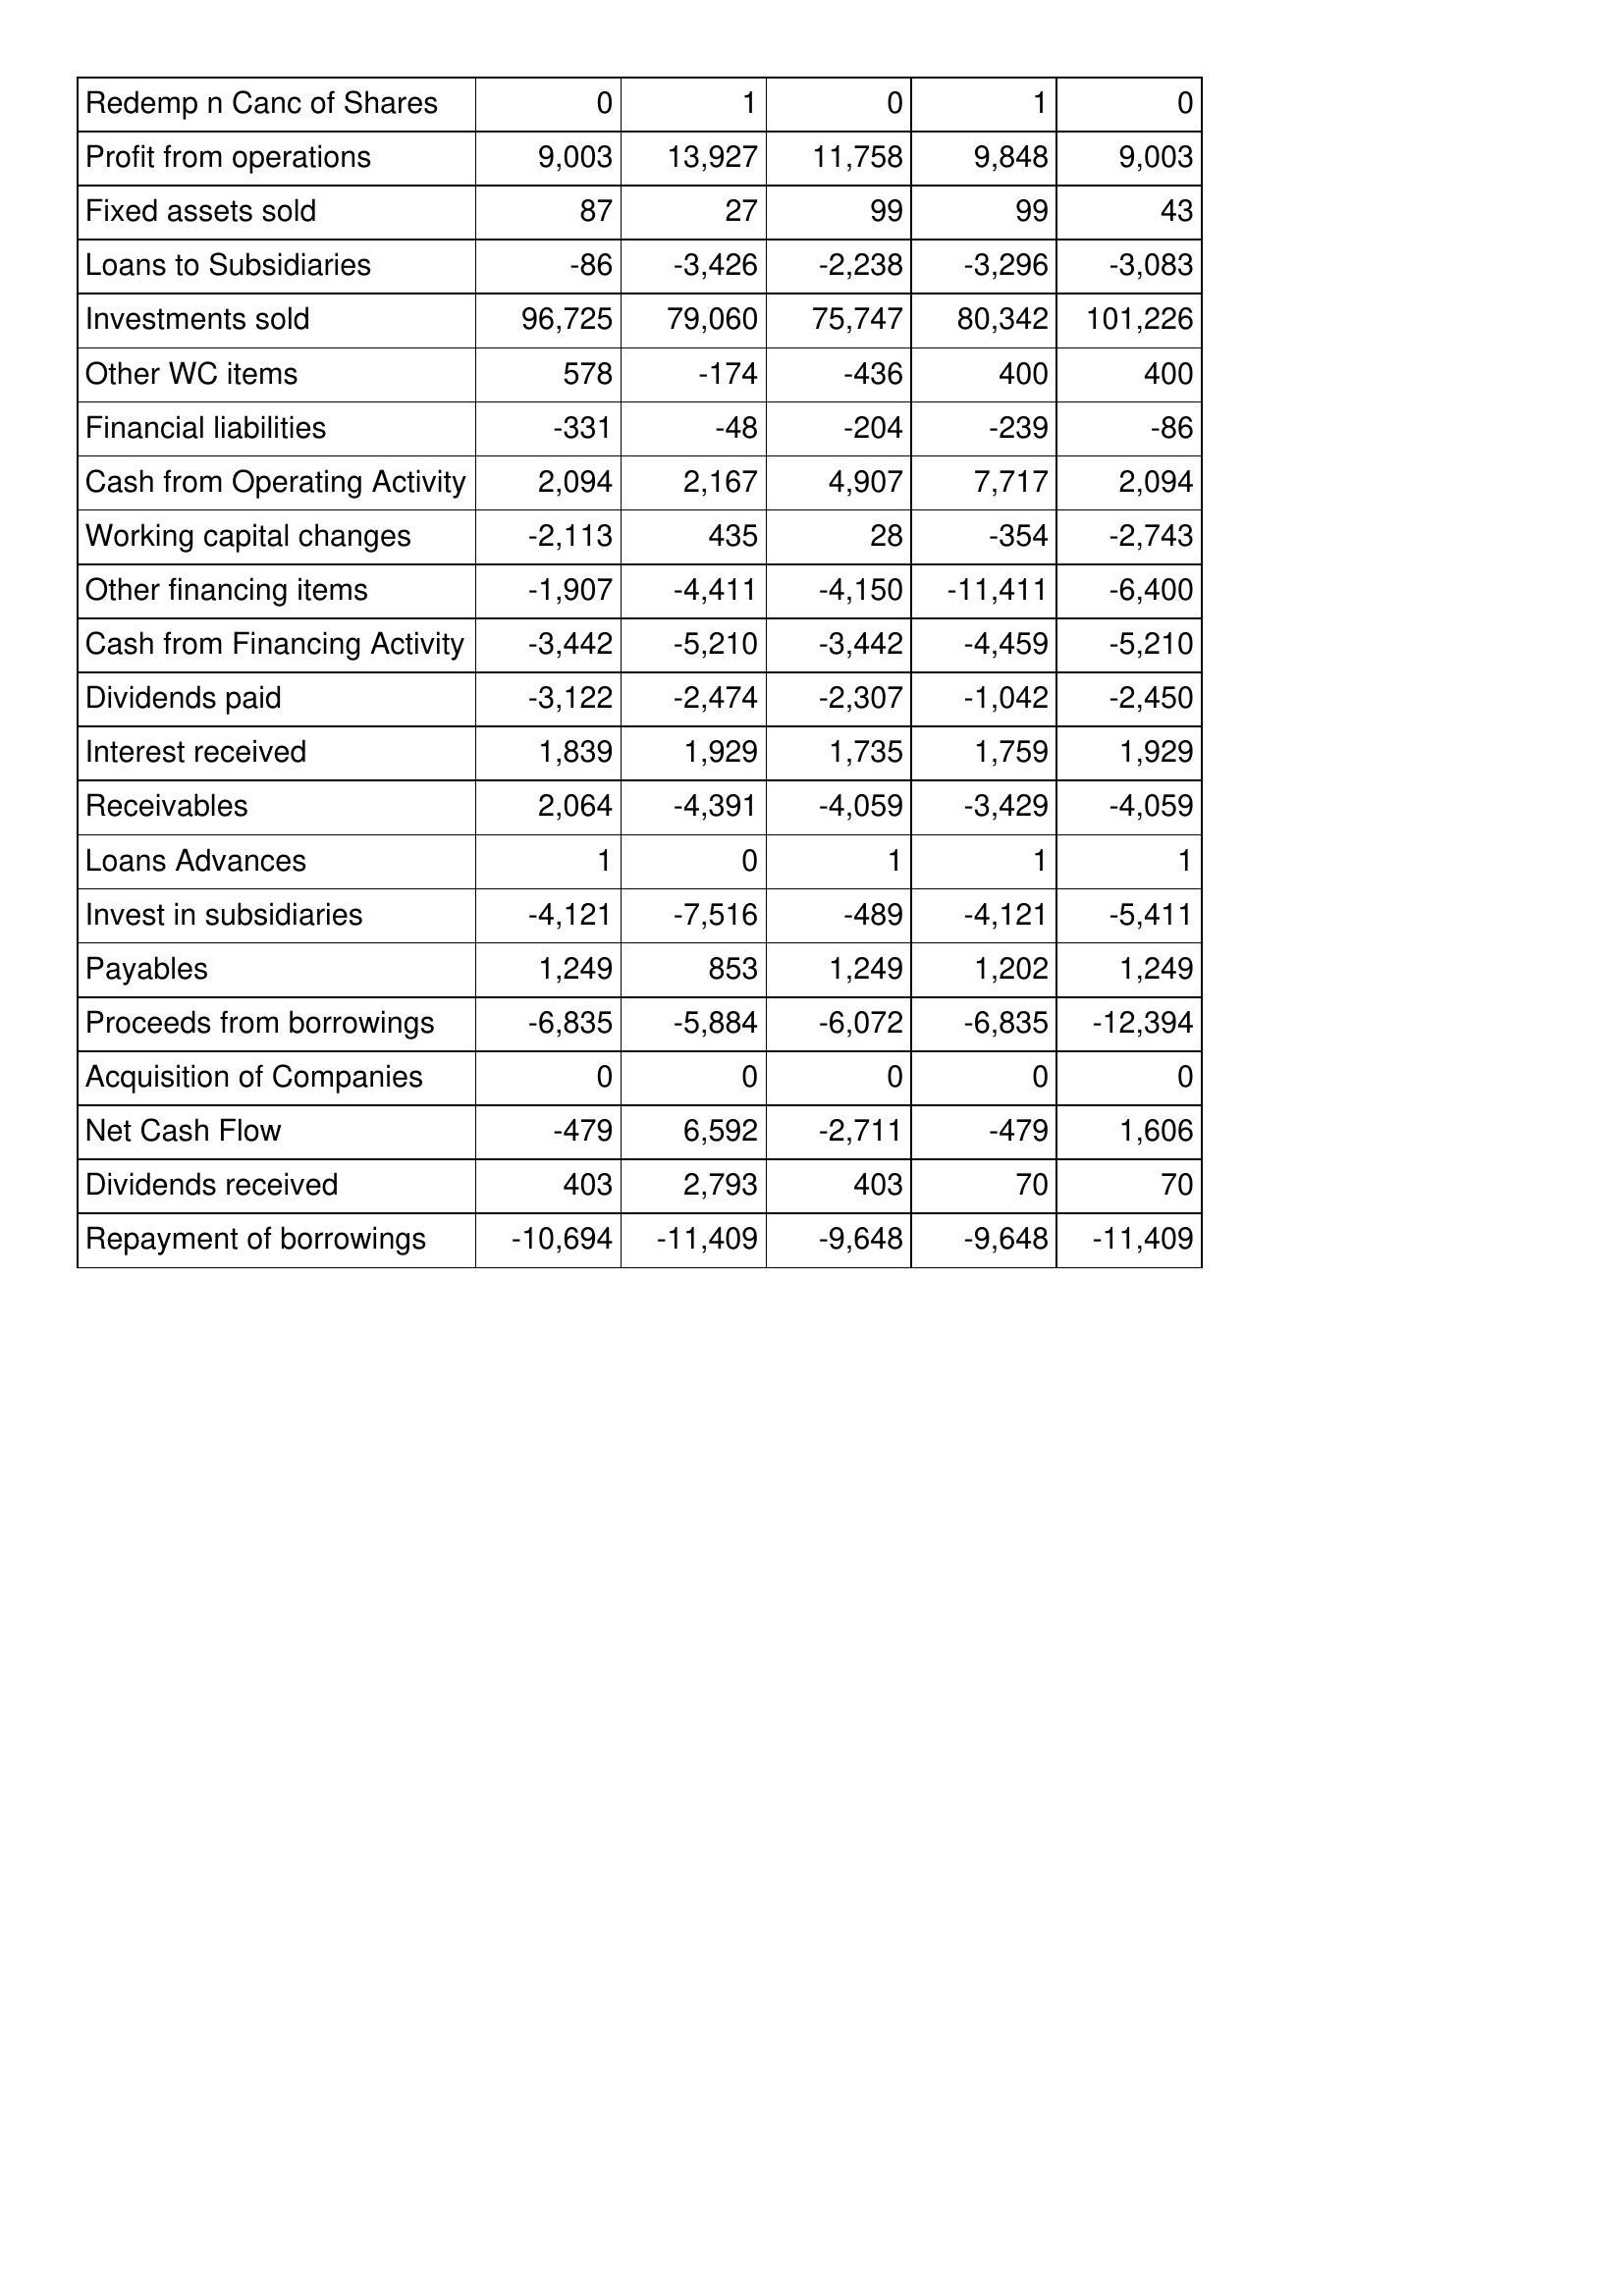
Mar-18: Cash Flows: Redemp n Canc of Shares: 0
Profit from operations: 9,003
Fixed assets sold: 87
Loans to Subsidiaries: -86
Investments sold: 96,725
Other WC items: 578
Financial liabilities: -331
Cash from Operating Activity: 2,094
Working capital changes: -2,113
Other financing items: -1,907
Cash from Financing Activity: -3,442
Dividends paid: -3,122
Interest received: 1,839
Receivables: 2,064
Loans Advances: 1
Invest in subsidiaries: -4,121
Payables: 1,249
Proceeds from borrowings: -6,835
Acquisition of Companies: 0
Net Cash Flow: -479
Dividends received: 403
Repayment of borrowings: -10,694
Mar-17: Cash Flows: Redemp n Canc of Shares: 1
Profit from operations: 13,927
Fixed assets sold: 27
Loans to Subsidiaries: -3,426
Investments sold: 79,060
Other WC items: -174
Financial liabilities: -48
Cash from Operating Activity: 2,167
Working capital changes: 435
Other financing items: -4,411
Cash from Financing Activity: -5,210
Dividends paid: -2,474
Interest received: 1,929
Receivables: -4,391
Loans Advances: 0
Invest in subsidiaries: -7,516
Payables: 853
Proceeds from borrowings: -5,884
Acquisition of Companies: 0
Net Cash Flow: 6,592
Dividends received: 2,793
Repayment of borrowings: -11,409
Mar-16: Cash Flows: Redemp n Canc of Shares: 0
Profit from operations: 11,758
Fixed assets sold: 99
Loans to Subsidiaries: -2,238
Investments sold: 75,747
Other WC items: -436
Financial liabilities: -204
Cash from Operating Activity: 4,907
Working capital changes: 28
Other financing items: -4,150
Cash from Financing Activity: -3,442
Dividends paid: -2,307
Interest received: 1,735
Receivables: -4,059
Loans Advances: 1
Invest in subsidiaries: -489
Payables: 1,249
Proceeds from borrowings: -6,072
Acquisition of Companies: 0
Net Cash Flow: -2,711
Dividends received: 403
Repayment of borrowings: -9,648
Mar-15: Cash Flows: Redemp n Canc of Shares: 1
Profit from operations: 9,848
Fixed assets sold: 99
Loans to Subsidiaries: -3,296
Investments sold: 80,342
Other WC items: 400
Financial liabilities: -239
Cash from Operating Activity: 7,717
Working capital changes: -354
Other financing items: -11,411
Cash from Financing Activity: -4,459
Dividends paid: -1,042
Interest received: 1,759
Receivables: -3,429
Loans Advances: 1
Invest in subsidiaries: -4,121
Payables: 1,202
Proceeds from borrowings: -6,835
Acquisition of Companies: 0
Net Cash Flow: -479
Dividends received: 70
Repayment of borrowings: -9,648
Mar-14: Cash Flows: Redemp n Canc of Shares: 0
Profit from operations: 9,003
Fixed assets sold: 43
Loans to Subsidiaries: -3,083
Investments sold: 101,226
Other WC items: 400
Financial liabilities: -86
Cash from Operating Activity: 2,094
Working capital changes: -2,743
Other financing items: -6,400
Cash from Financing Activity: -5,210
Dividends paid: -2,450
Interest received: 1,929
Receivables: -4,059
Loans Advances: 1
Invest in subsidiaries: -5,411
Payables: 1,249
Proceeds from borrowings: -12,394
Acquisition of Companies: 0
Net Cash Flow: 1,606
Dividends received: 70
Repayment of borrowings: -11,409